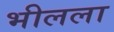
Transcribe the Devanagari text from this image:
भीलला